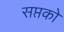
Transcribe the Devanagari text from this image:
सप्तको